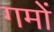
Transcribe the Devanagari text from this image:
गमों